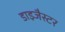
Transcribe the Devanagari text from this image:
डाइजैस्टर